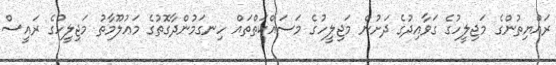
ރައްޔިތުންގެ މަޖިލީހުގެ ގަވާއިދުގެ ދަށުން މަޖިލީހުގެ މަސައްކަތްތައް ހިނގަމުންދާގޮތުގެ މަޢުލޫމާތު މަޖިލީހުގެ ރައީސް